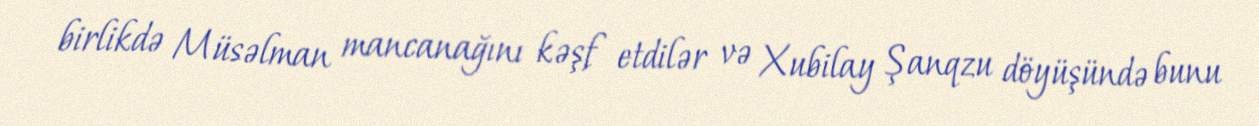
birlikdə Müsəlman mancanağını kəşf etdilər və Xubilay Şanqzu döyüşündə bunu